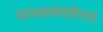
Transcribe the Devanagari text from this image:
साधनसंपत्तीच्या